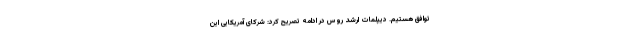
توافق هستیم. دیپلمات ارشد روس در ادامه تصریح کرد: شرکای آمریکایی این